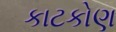
કાટકોણ